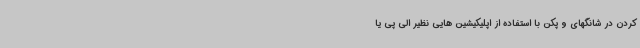
کردن در شانگهای و پکن با استفاده از اپلیکیشین هایی نظیر الی پی یا